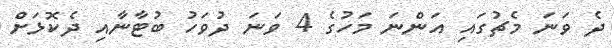
ދެ ވަނަ މެޗުގައި އަންނަ މަހުގެ 4 ވަނަ ދުވަހު ބުޓާނާއި ދެކޮޅަށް